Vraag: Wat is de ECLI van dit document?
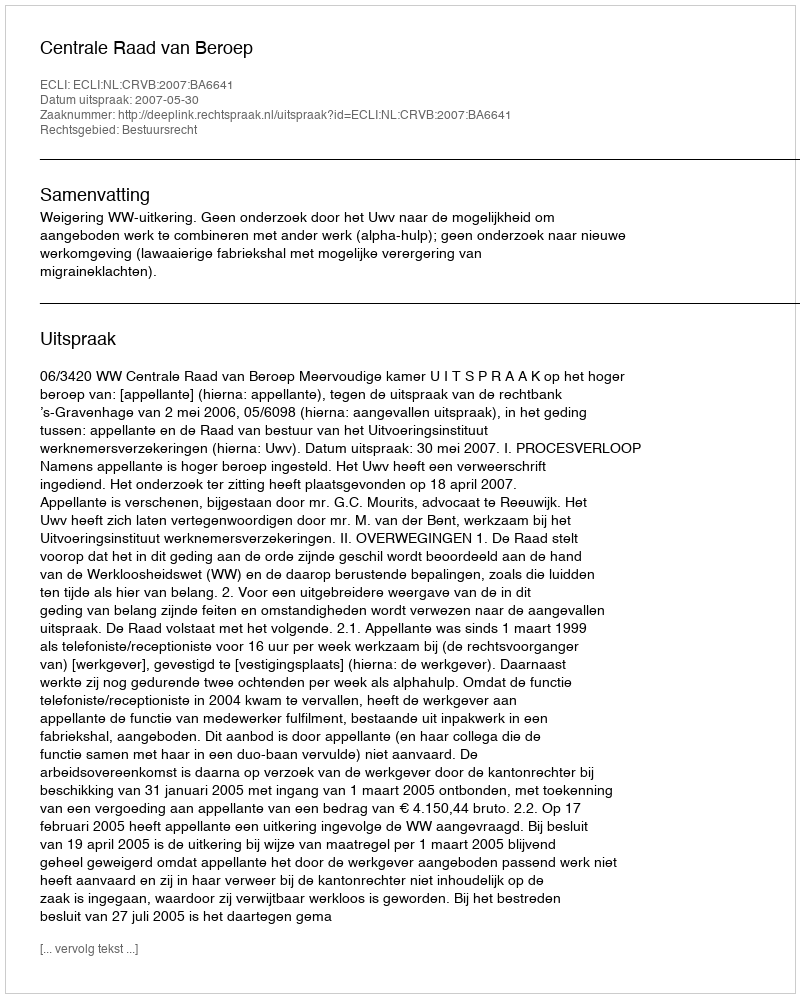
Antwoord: ECLI:NL:CRVB:2007:BA6641